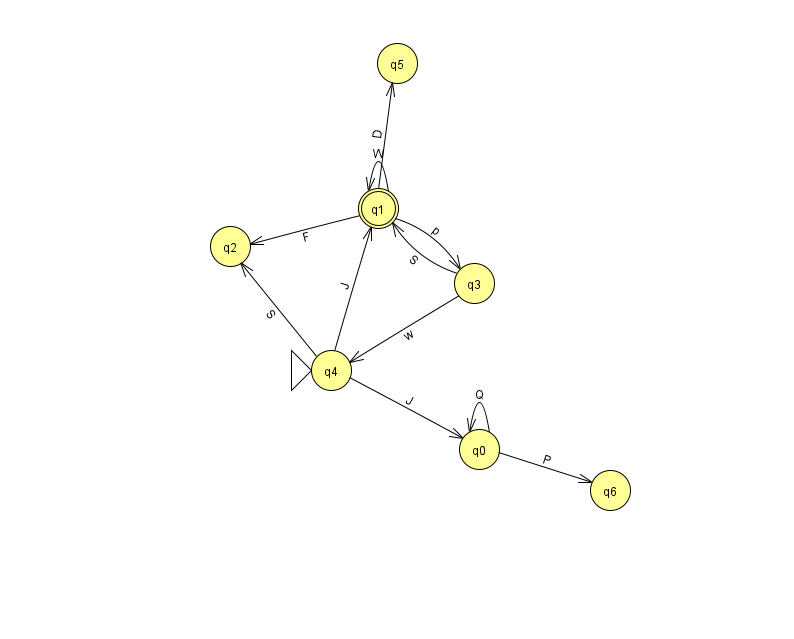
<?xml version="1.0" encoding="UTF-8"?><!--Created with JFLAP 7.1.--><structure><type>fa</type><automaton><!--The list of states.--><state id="0" name="q0"><x>479.0</x><y>436.0</y></state><state id="1" name="q1"><x>378.0</x><y>195.0</y><final/></state><state id="2" name="q2"><x>230.0</x><y>233.0</y></state><state id="3" name="q3"><x>474.0</x><y>270.0</y></state><state id="4" name="q4"><x>331.0</x><y>357.0</y><initial/></state><state id="5" name="q5"><x>397.0</x><y>50.0</y></state><state id="6" name="q6"><x>610.0</x><y>477.0</y></state><!--The list of transitions.--><transition><from>0</from><to>0</to><read>Q</read></transition><transition><from>3</from><to>1</to><read>S</read></transition><transition><from>1</from><to>3</to><read>p</read></transition><transition><from>4</from><to>1</to><read>J</read></transition><transition><from>1</from><to>2</to><read>F</read></transition><transition><from>4</from><to>0</to><read>J</read></transition><transition><from>1</from><to>1</to><read>W</read></transition><transition><from>0</from><to>6</to><read>P</read></transition><transition><from>1</from><to>5</to><read>D</read></transition><transition><from>3</from><to>4</to><read>w</read></transition><transition><from>4</from><to>2</to><read>S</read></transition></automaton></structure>